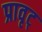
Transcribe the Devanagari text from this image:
प्रावृट्